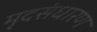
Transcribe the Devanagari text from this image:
मृदसंधारण